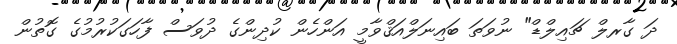
ދަ ގާރލް ޗައިލްޑް" ނުވަތަ ބައިނަލްއަޤްވާމީ އަންހެން ކުދިންގެ ދުވަސް ފާހަގަކުރުމުގެ ގޮތުން